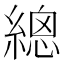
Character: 𦃞